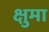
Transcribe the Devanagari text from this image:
क्षुमा